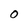
Character: O